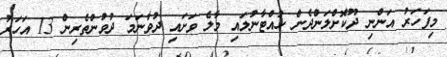
މިފަހަރު އަންނި ދޫކޮށްލަންދެން ހުއްޓާނުލައި މާލެ ވަށައި ދުވާނަމަ ދުވުންތެރިން 13 އަހަރު